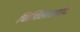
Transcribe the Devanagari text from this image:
चित्विलासवाद